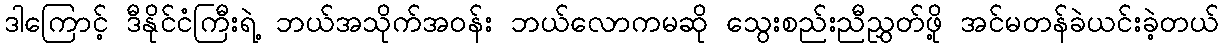
ဒါကြောင့် ဒီနိုင်ငံကြီးရဲ့ ဘယ်အသိုက်အဝန်း ဘယ်လောကမဆို သွေးစည်းညီညွှတ်ဖို့ အင်မတန်ခဲယင်းခဲ့တယ်